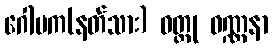
ဂေါပက(နတ်သား) ဝတ္ထု ဝဏ္ဏနာ